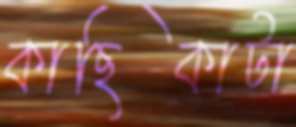
কাছিকাটা